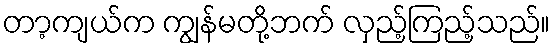
တာ့ကျယ်က ကျွန်မတို့ဘက် လှည့်ကြည့်သည်။